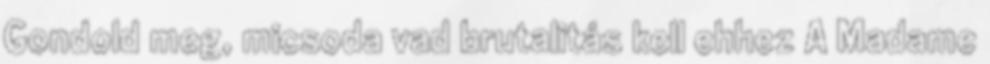
Gondold meg, micsoda vad brutalitás kell ehhez A Madame